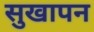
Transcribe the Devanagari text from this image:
सुखापन